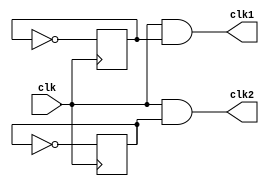
// Code your design here
module clock(clk1, clk2, clk);
  output clk1, clk2;
  input clk;
  reg c1, c2;
  initial begin
    c1=0;
    c2=1;
  end
  
  always @(posedge clk)
    c1 = ~c1;
  
  always @(negedge clk)
    c2= ~c2;
  
  assign clk1= clk & c1;
  assign clk2= clk & c2;
endmodule



// Code your testbench here
// or browse Examples
module test;
  reg clk;
  wire clk1, clk2;
  
  clock dut (clk1, clk2, clk);
  
  always #5 clk= ~clk;
  
  initial begin
    clk=0;
    $dumpfile("test.vcd");
    $dumpvars(0, test);
    
    #100 $finish;
  end
endmodule